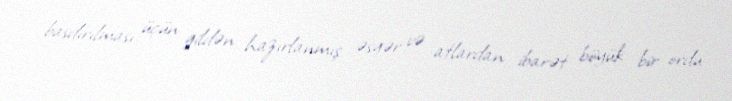
basdırılması üçün gildən hazırlanmış əsgər və atlardan ibarət böyük bir ordu